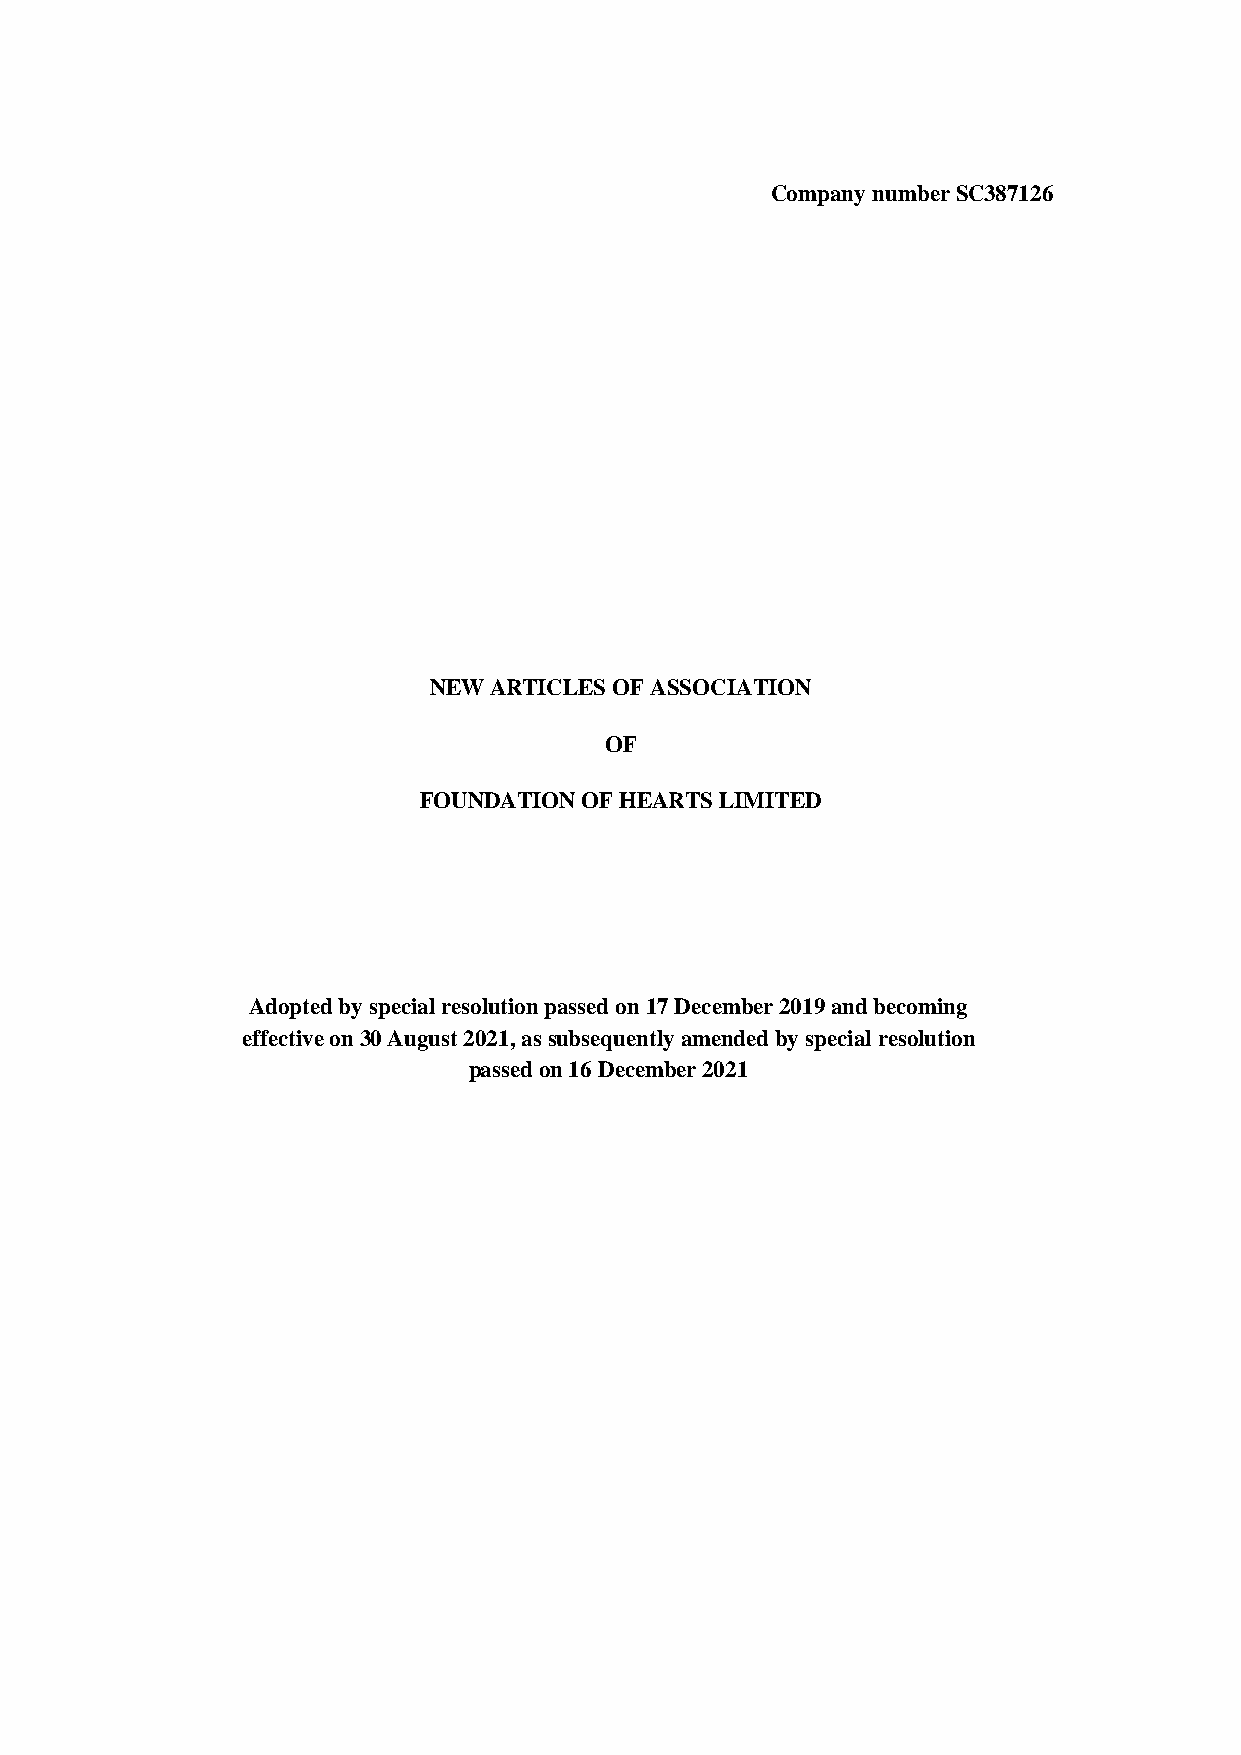
Company number SC387126
 NEW ARTICLES OF ASSOCIATION
 OF
 FOUNDATION OF HEARTS LIMITED
 Adopted by special resolution passed on 17 December 2019 and becoming
 effective on 30 August 2021, as subsequently amended by special resolution
 passed on 16 December 2021